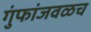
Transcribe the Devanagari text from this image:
गुंफांजवळच